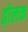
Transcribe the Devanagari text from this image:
ढ़ोलक